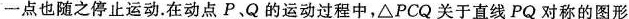
一点也随之停止运动.在动点P、Q的运动过程中，△PCQ关于直线PQ对称的图形